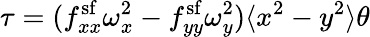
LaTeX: \tau=(f_{xx}^{\mathrm{sf}}\omega_{x}^{2}-f_{yy}^{\mathrm{sf}}\omega_{y}^{2})\langle x^{2}-y^{2}\rangle\theta